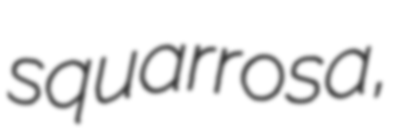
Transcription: squarrosa,